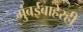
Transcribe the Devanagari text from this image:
मुंबईबाहेरही